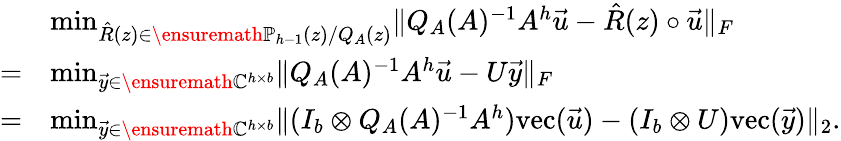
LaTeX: \begin{array}{rl}&{\operatorname*{min}_{\hat{R}(z)\in\ensuremath{\mathbb{P}}_{h-1}(z)/Q_{A}(z)}\lVert Q_{A}(A)^{-1}A^{h}\vec{u}-\hat{R}(z)\circ\vec{u}\rVert_{F}}\\ {=}&{\operatorname*{min}_{\vec{y}\in\ensuremath{\mathbb{C}}^{h\times b}}\lVert Q_{A}(A)^{-1}A^{h}\vec{u}-U\vec{y}\rVert_{F}}\\ {=}&{\operatorname*{min}_{\vec{y}\in\ensuremath{\mathbb{C}}^{h\times b}}\lVert(I_{b}\otimes Q_{A}(A)^{-1}A^{h})\mathrm{vec}(\vec{u})-(I_{b}\otimes U)\mathrm{vec}(\vec{y})\rVert_{2}.}\end{array}